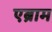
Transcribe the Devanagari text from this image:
एब्राम